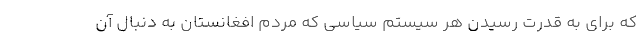
كه براي به قدرت رسيدن هر سيستم سياسي كه مردم افغانستان به دنبال آن